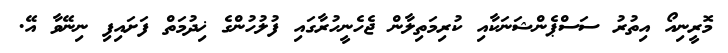
މޮރީނިއޯ އިތުރު ސަސްޕެންޝަނަކާއި ކުރިމަތިލާން ޖެހެނީހުރާގައި ފުލުހުންގެ ޚިދުމަތް ފަށައިފި ނިނޭވާ އޭ.